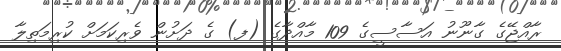
ރާއްޖޭގެ ގާނޫނު އަސާސީގެ 109 މާއްދާގެ (ފ) ގެ ދަށުން ވެރިކަމަށް ކުރިމަތިލާ